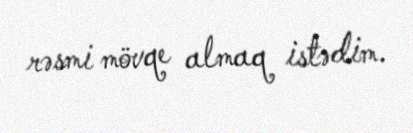
rəsmi mövqe almaq istədim.